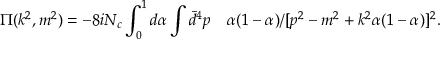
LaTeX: \Pi ( k ^ { 2 } , m ^ { 2 } ) = - 8 i N _ { c } \int _ { 0 } ^ { 1 } d \alpha \int \bar { d } ^ { 4 } p \quad \alpha ( 1 - \alpha ) / [ p ^ { 2 } - m ^ { 2 } + k ^ { 2 } \alpha ( 1 - \alpha ) ] ^ { 2 } .